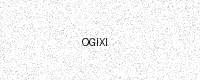
Text: OGIXI